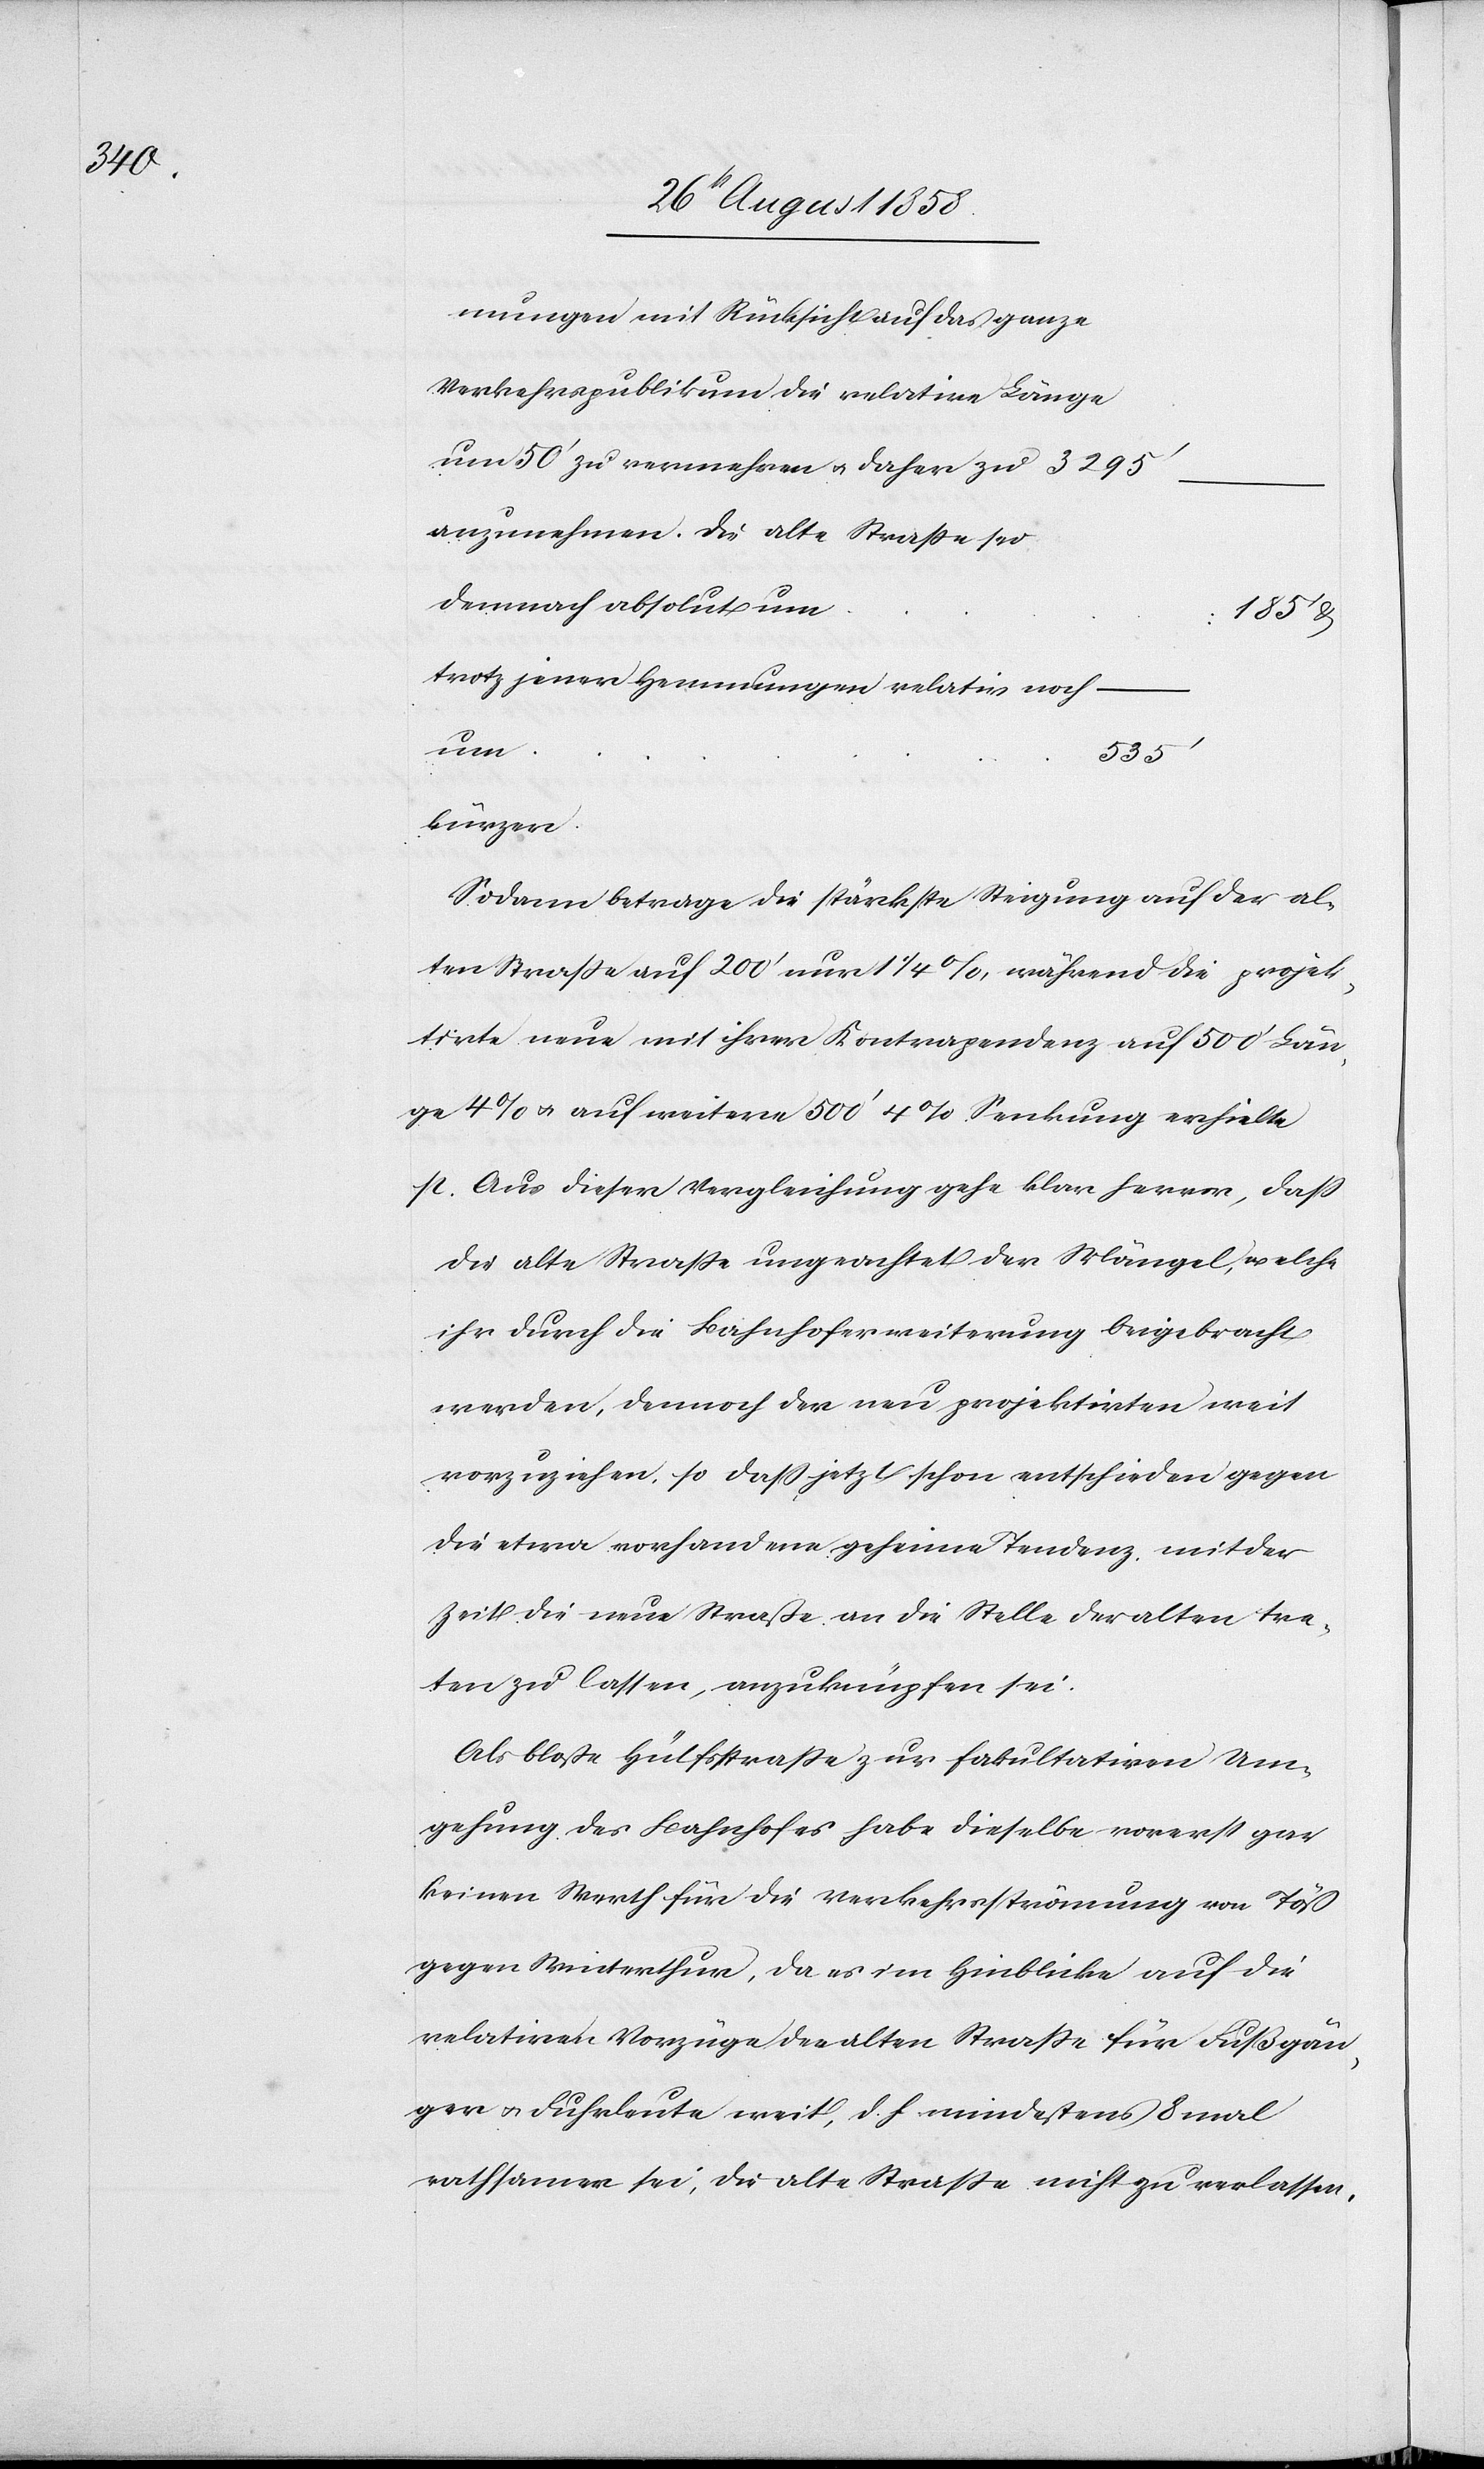
mungen mit Rücksicht auf das ganze
Verkehrspublikum die relative Länge
um 50‘ zu vermehren & daher zu
anzunehmen. Die alte Strasse sei
demnach absolut um
185‘ &
trotz jener Hemmungen relativ noch
um
535‘
kürzer.
Sodann betrage die stärkste Steigung auf der al¬
ten Strasse auf 200‘ nur 1 1/4 %, während die projek¬
tirte neue mit ihrer Kontrapendenz auf 500‘ Län¬
ge 4% & auf weitere 500‘ 4% Senkung erhielte
p. Aus dieser Vergleichung gehe klar hervor, dass
die alte Strasse ungeachtet der Mängel, welche
ihr durch die Bahnhoferweiterung beigebracht
werden, dennoch der neu projektirten weit
vorzuziehen, so dass jetzt schon entschieden gegen
die etwa vorhandene geheime Tendenz mit der
Zeit die neue Straße an die Stelle der alten tre¬
ten zu lassen, anzuknüpfen sei.
Als bloße Hülfsstrasse zur fakultativen Um¬
gehung des Bahnhofes habe dieselbe vorerst gar
keinen Werth für die Verkehrsströmung von Töß
gegen Winterthur, da es im Hinblicke auf die
relativen Vorzüge der alten Strasse für Fußgän¬
ger & Fuhrleute weit, d. h. mindestens 8 mal
rathsamer sei, die alte Strasse nicht zu verlassen,